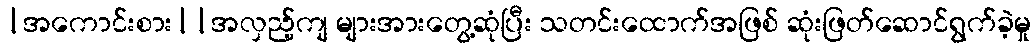
|အကောင်းစား||အလှည့်ကျ များအားတွေ့ဆုံပြီး သတင်းထောက်အဖြစ် ဆုံးဖြတ်ဆောင်ရွက်ခဲ့မှု